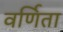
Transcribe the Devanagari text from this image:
वर्णिता